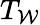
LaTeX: T_{\cal{W}}